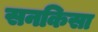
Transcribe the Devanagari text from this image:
सनकिसा